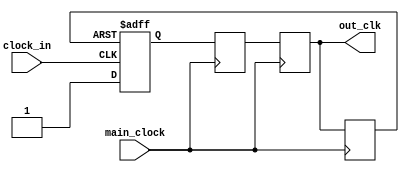
module clock_sync(main_clock,clock_in,out_clk);

input main_clock,clock_in;
output out_clk;

reg ff1,ff2,ff3;
wire reset;

always @ (posedge main_clock)
begin
	ff2 <= ff1;
end

always @ (posedge main_clock)
begin
	ff3 <= ff2;
end

always @ (posedge clock_in or posedge reset)
begin
	if(reset) ff1 <= 1'b0;
	else ff1 <= 1'b1;
end

always @ (negedge main_clock)
begin
	reset <= ff3;
	
end


assign out_clk = ff3;

endmodule